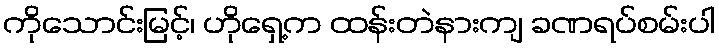
ကိုသောင်းမြင့်၊ ဟိုရှေ့က ထန်းတဲနားကျ ခဏရပ်စမ်းပါ